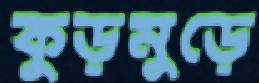
কুড়মুড়ে